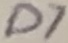
Text: D7